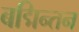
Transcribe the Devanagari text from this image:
बद्मिन्तन